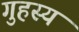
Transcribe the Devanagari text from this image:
गुहस्य